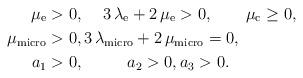
LaTeX: \begin{align*}\mu_{\rm e}&>0, \quad\, 3\,\lambda_{\rm e}+2\,\mu_{\rm e}>0, \qquad\mu_{\rm c}\geq 0,\\\mu_{\rm micro}&>0, 3\,\lambda_{\rm micro}+2\,\mu_{\rm micro}=0, \\ a_1&>0, \qquad\ \ a_2>0, a_3> 0.\end{align*}